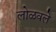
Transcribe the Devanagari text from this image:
लोळवले